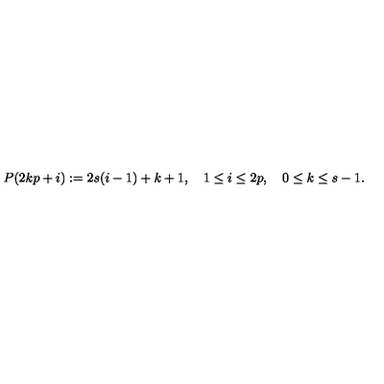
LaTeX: P ( 2 k p + i ) : = 2 s ( i - 1 ) + k + 1 , \quad 1 \leq i \leq 2 p , \quad 0 \leq k \leq s - 1 .